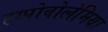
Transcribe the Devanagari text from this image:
ह्य्पोवोलेमिया